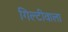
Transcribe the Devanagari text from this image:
गिल्टीवाला